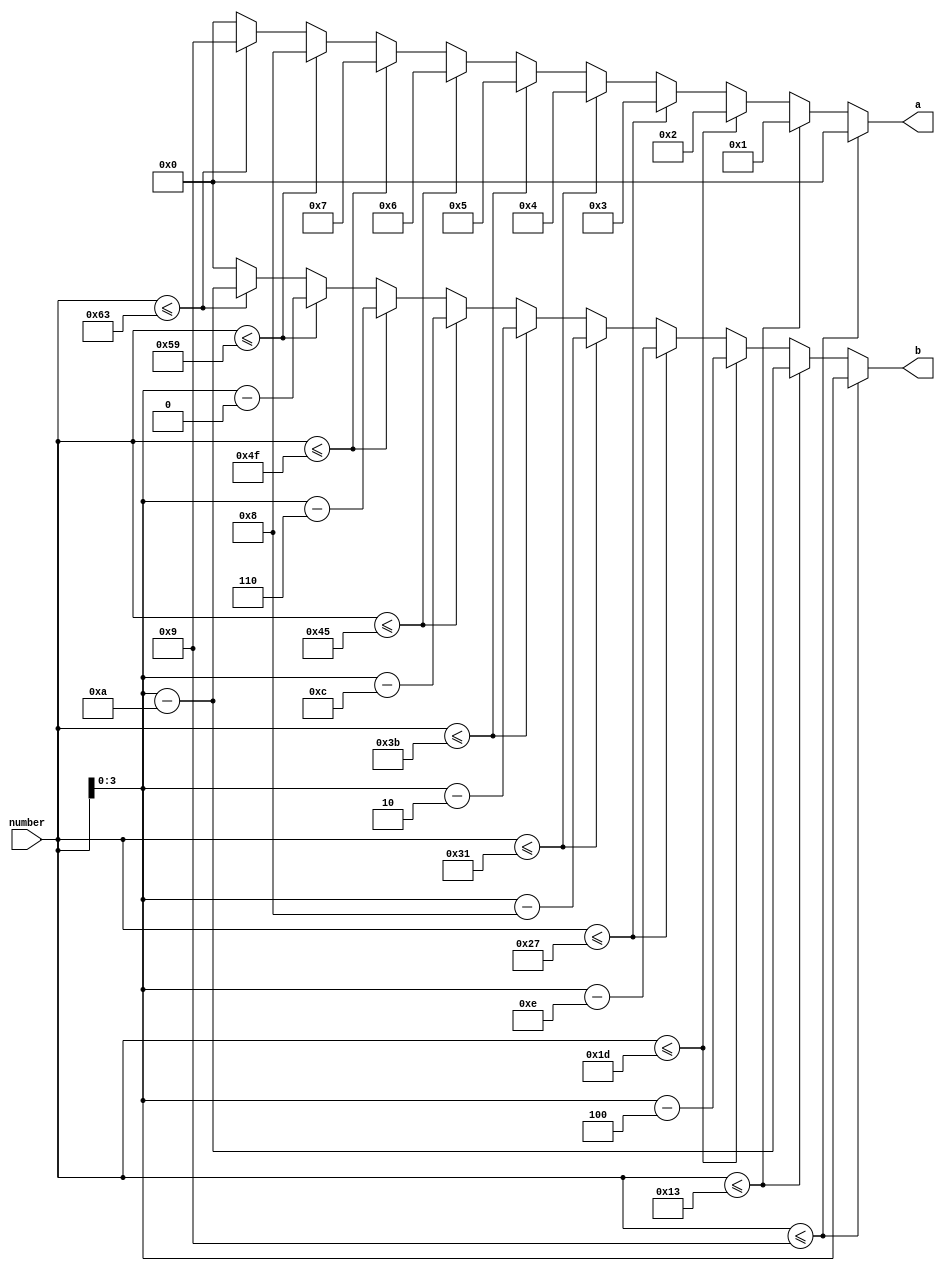
module sep(number, a, b);
	input [6:0] number;
	output [3:0] a, b;
	
	reg [3:0] a, b;

	always @(number) begin
		if (number <= 9) begin
			a = 3'b0;
			b = number[3:0];
		end else if (number <= 19) begin
			a = 1; b = number - 10;
		end else if (number <= 29) begin
			a = 2; b = number - 20;
		end else if (number <= 39) begin
			a = 3; b = number - 30;
		end else if (number <= 49) begin
			a = 4; b = number - 40;
		end else if (number <= 59) begin
			a = 5; b = number - 50;
		end else if (number <= 69) begin
			a = 6; b = number - 60;
		end else if (number <= 79) begin
			a = 7; b = number - 70;
		end else if (number <= 89) begin
			a = 8; b = number - 80;
		end else if (number <= 99) begin
			a = 9; b = number - 90;
		end else begin
			a = 0;
			b = 0;
		end
	end
endmodule